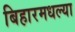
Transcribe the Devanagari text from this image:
बिहारमधल्या